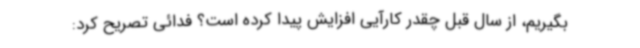
بگیریم، از سال قبل چقدر کارآیی افزایش پیدا کرده است؟ فدائی تصریح کرد: